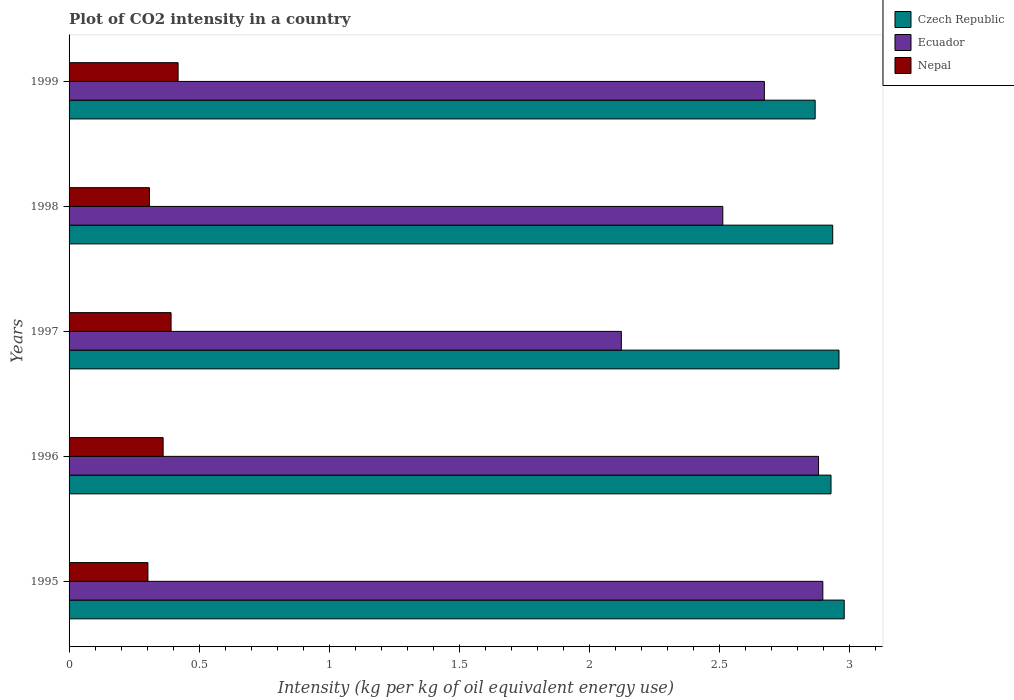
| Years | Czech Republic | Ecuador | Nepal |
 | --- | --- | --- | --- |
 | 1995 | 2.98 | 2.9 | 0.303 |
 | 1996 | 2.93 | 2.88 | 0.362 |
 | 1997 | 2.96 | 2.12 | 0.392 |
 | 1998 | 2.94 | 2.51 | 0.309 |
 | 1999 | 2.87 | 2.67 | 0.419 |